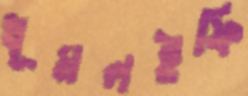
ধূমলইফি